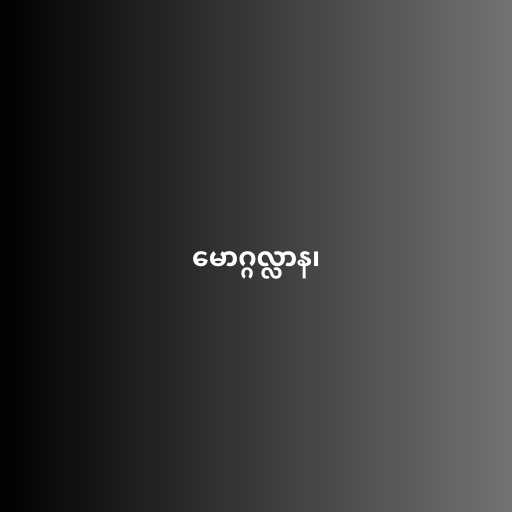
မောဂ္ဂလ္လာန၊